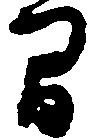
間